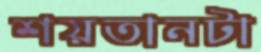
শয়তানটা